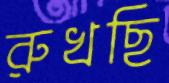
রুখছি